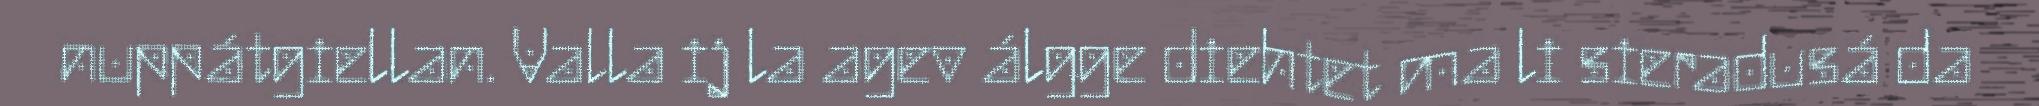
nuppátgiellan. Valla ij la agev álgge diehtet ma li sieradusá da